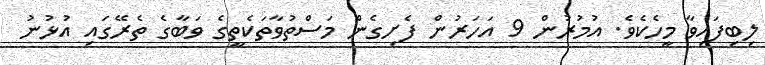
ލިބިފައިވާ މީހެކެވެ. އުމުރުން 9 އަހަރުން ފެށިގެން މަސްތުވާތަކެތީގެ ވަބާގެ ތެރޭގައި އުޅުނު